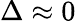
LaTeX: \Delta\approx 0